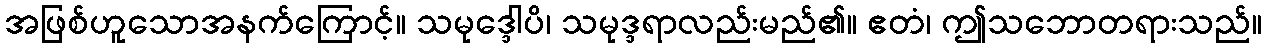
အဖြစ်ဟူသောအနက်ကြောင့်။ သမုဒ္ဒေါပိ၊ သမုဒ္ဒရာလည်းမည်၏။ ဧတံ၊ ဤသဘောတရားသည်။